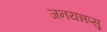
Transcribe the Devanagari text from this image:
जनयन्नप्सु